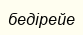
бедірейе